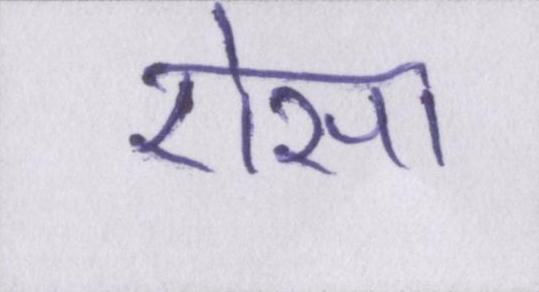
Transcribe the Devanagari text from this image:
ऎसा